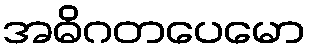
အဓိဂတပေမော